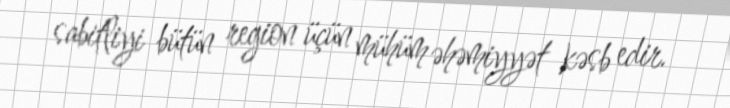
sabitliyi bütün region üçün mühüm əhəmiyyət kəsb edir.